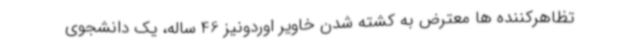
تظاهرکننده ها معترض به کشته شدن خاویر اوردونیز 46 ساله، یک دانشجوی